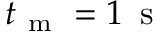
t _ { \mathrm { ~ m ~ } } = 1 \, \mathrm { ~ s ~ }